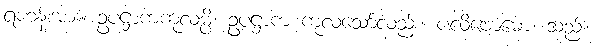
ရဟန်းအား။ ဥပဋ္ဌာကကုလမ္ပိ၊ ဥပဋ္ဌာက ကုလသော်လည်း။ ပလိဗောဓော၊ သည်။